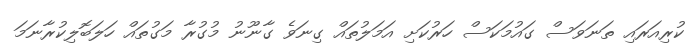
ކުރިއަރައި ތަނަވަސް ގައުމަކަސް ހަރުކަށި އަމަލުތައް ގިނަވެ ގާނޫނު މުގުރާ މަގުތައް ހަލަބޮލިކުރާނަމަ